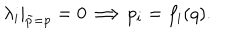
\lambda _ { i } | _ { \tilde { p } = p } = 0 \Longrightarrow p _ { i } = f _ { i } ( q ) { . }